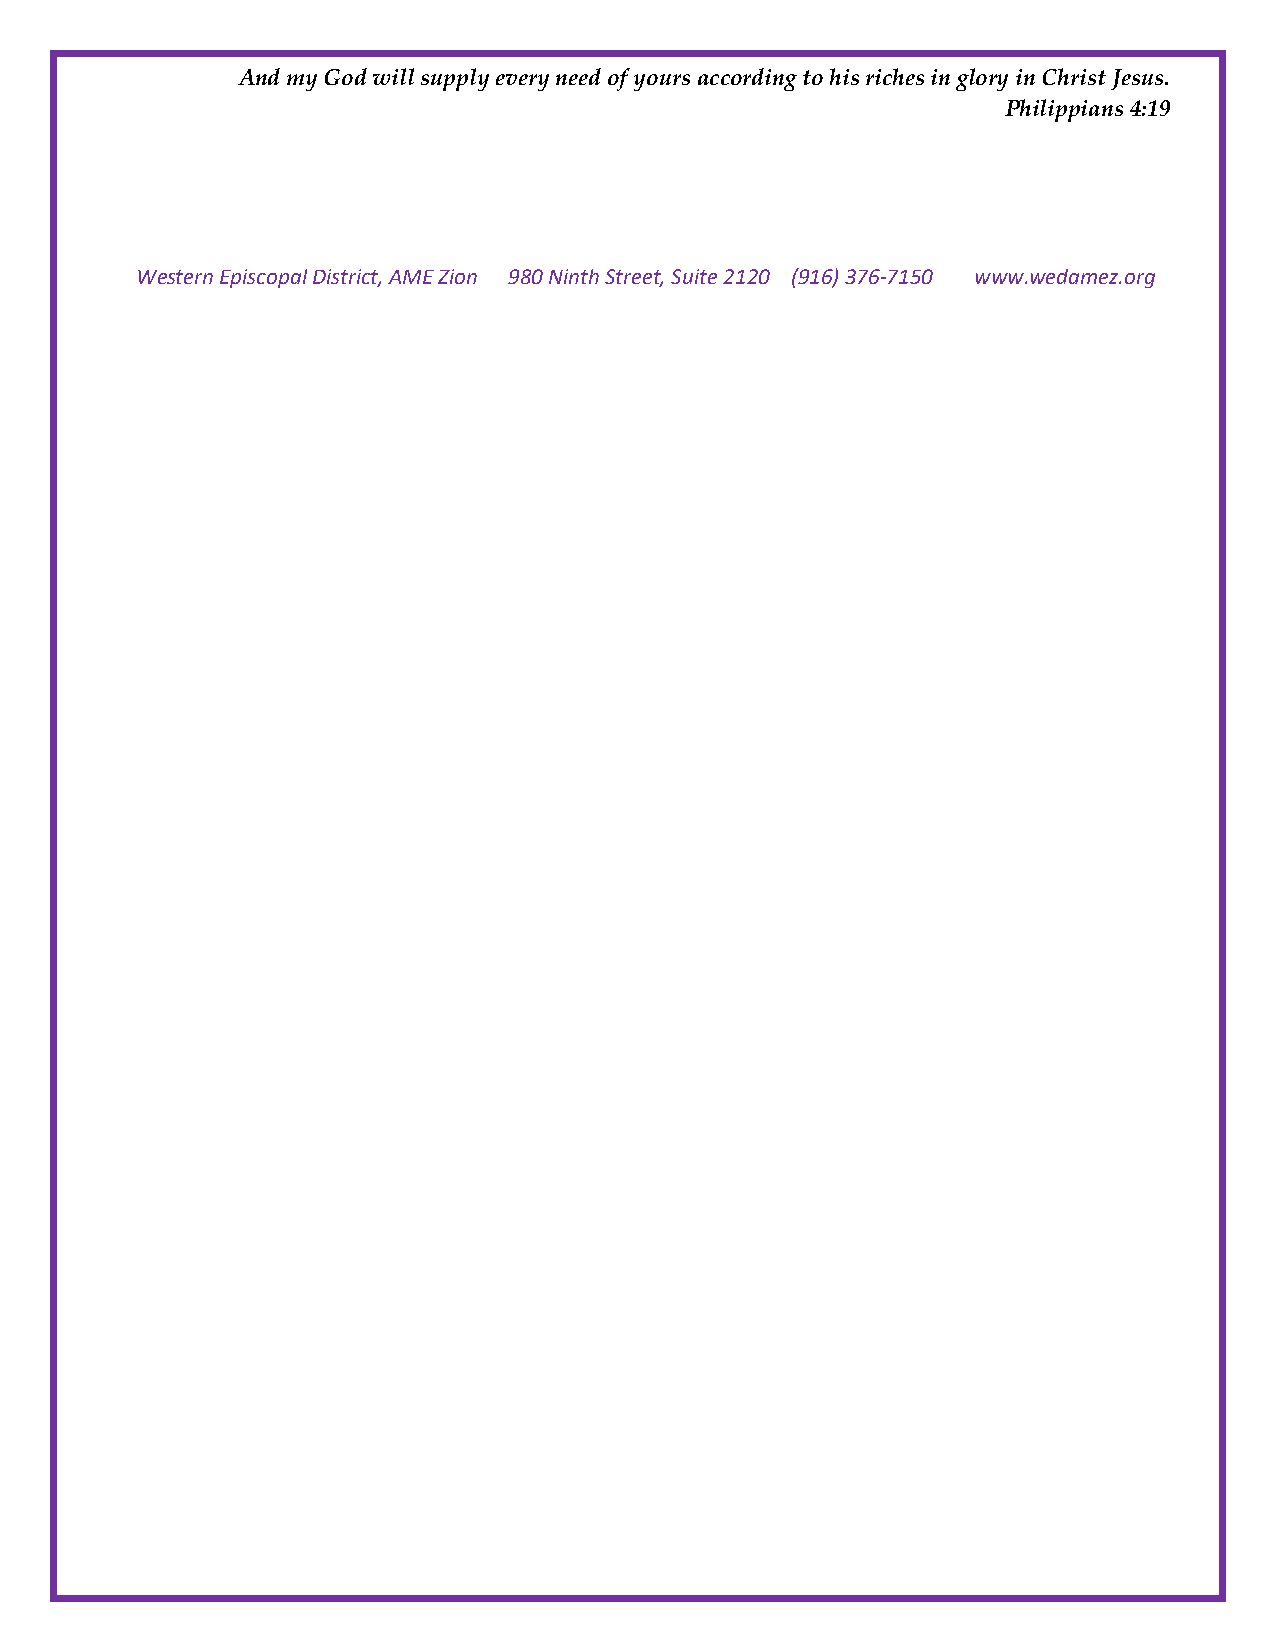
And my God will supply every need of yours according to his riches in glory in Christ Jesus.
 Philippians 4:19
 Western Episcopal District, AME Zion 980 Ninth Street, Suite 2120 (916) 376-7150 www.wedamez.org